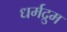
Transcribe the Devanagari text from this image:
धर्मद्रुम